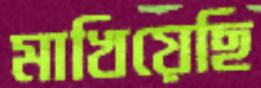
মাখিয়েছি